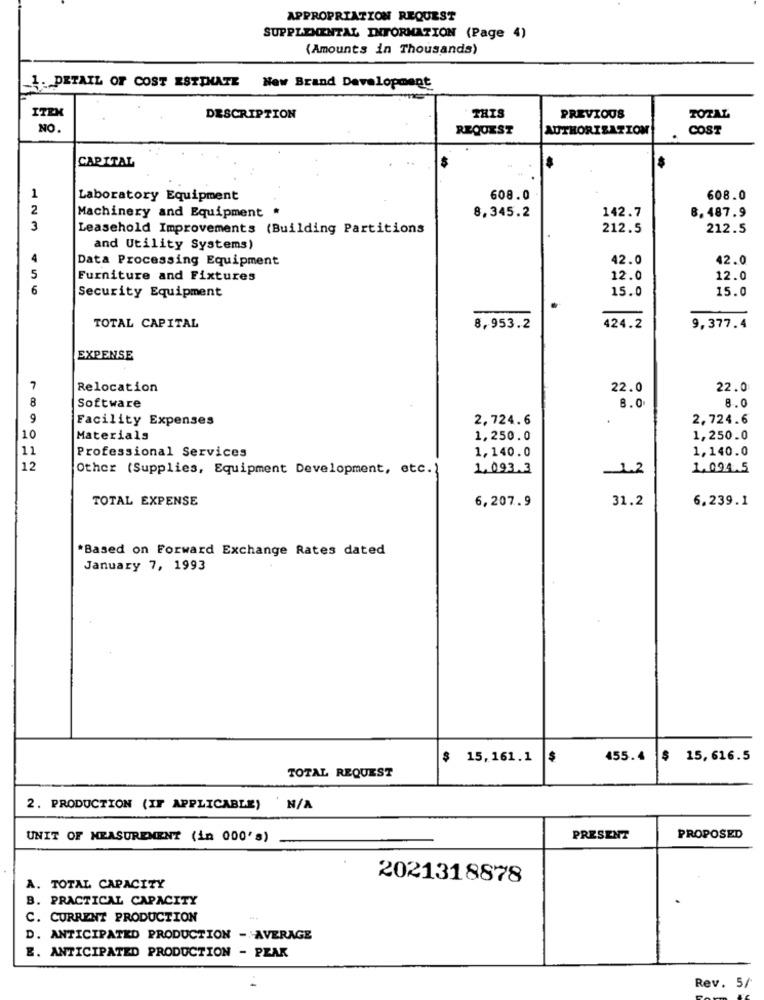
APPROPRIATION REQUEST
SUPPLEMENTAL INFORMATION (Page 4)
(Amounts in Thousands)
1 .- DETAIL OF COST ESTIMATE New Brand Development
THIS
ITEX
DESCRIPTION
PREVIOUS
TOTAL
NO.
REQUEST
AUTHORIZATION
COST
CAPITAL
1
Laboratory Equipment
608.0
608.0
2
8,345.2
142.7
8.487.9
Machinery and Equipment *
3
Leasehold Improvements (Building Partitions
212.5
212.5
and Utility Systems)
4
Data Processing Equipment
42.0
42.0
5
Furniture and Fixtures
12.0
12.0
6
15.0
Security Equipment
15.0
TOTAL CAPITAL
8,953.2
424.2
9,377.4
EXPENSE
7
Relocation
22.0
22.0
8
8.0
Software
8.0
9
Facility Expenses
2,724.6
.
2,724.6
10
Materials
1,250.0
1,250.0
11
1,140.0
Professional Services
1,140.0
12
Other (Supplies, Equipment Development, etc.)
1.093.3
-1.2
1.094.5
TOTAL EXPENSE
6,207.9
31.2
6,239.1
*Based on Forward Exchange Rates dated
January 7, 1993
$ 15,161.1
$
455.4 $ 15, 616.5
TOTAL REQUEST
2. PRODUCTION (IF APPLICABLE)
UNIT OF MEASUREMENT (in 000's)
PRESENT
PROPOSED
2021318878
A. TOTAL CAPACITY
. PRACTICAL CAPACITY
C. CURRENT PRODUCTION
D. ANTICIPATED PRODUCTION - AVERAGE
E. ANTICIPATED PRODUCTION - PEAK
Rev. 5/